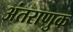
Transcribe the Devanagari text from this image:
अंतराणुक